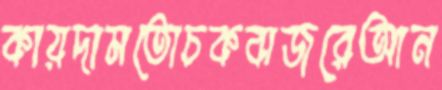
কায়দামতোচকবাজরেআন